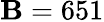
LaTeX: \mathbf{B}=651